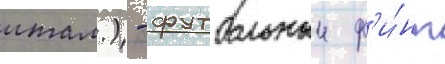
итал.) - футбольныи ф'и́нт